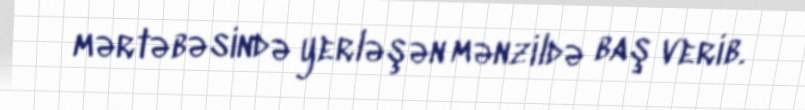
mərtəbəsində yerləşən mənzildə baş verib.